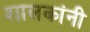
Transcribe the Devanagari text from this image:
शालकांनी